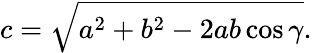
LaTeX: c={\sqrt{a^{2}+b^{2}-2ab\cos\gamma}}.